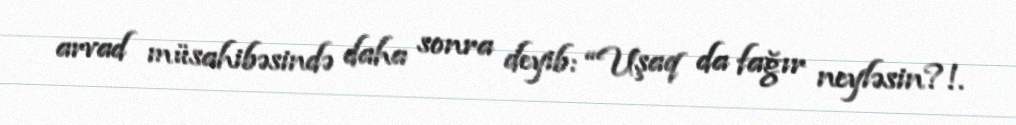
arvad müsahibəsində daha sonra deyib: “Uşaq da fağır neyləsin?!.